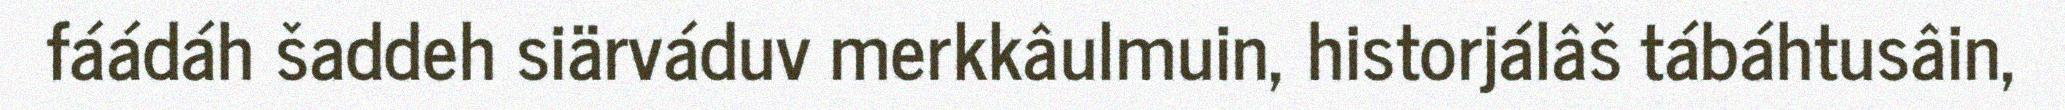
fáádáh šaddeh siärváduv merkkâulmuin, historjálâš tábáhtusâin,